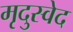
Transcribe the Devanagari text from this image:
मृदुस्वेद